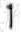
1